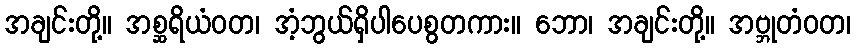
အချင်းတို့။ အစ္ဆရိယံဝတ၊ အံ့ဘွယ်ရှိပါပေစွတကား။ ဘော၊ အချင်းတို့။ အဗ္ဘုတံဝတ၊